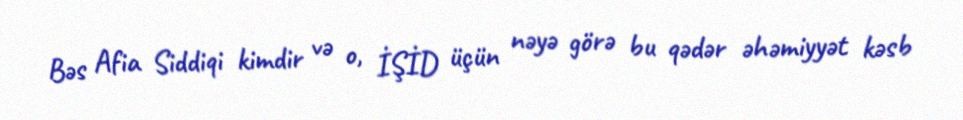
Bəs Afia Siddiqi kimdir və o, İŞİD üçün nəyə görə bu qədər əhəmiyyət kəsb